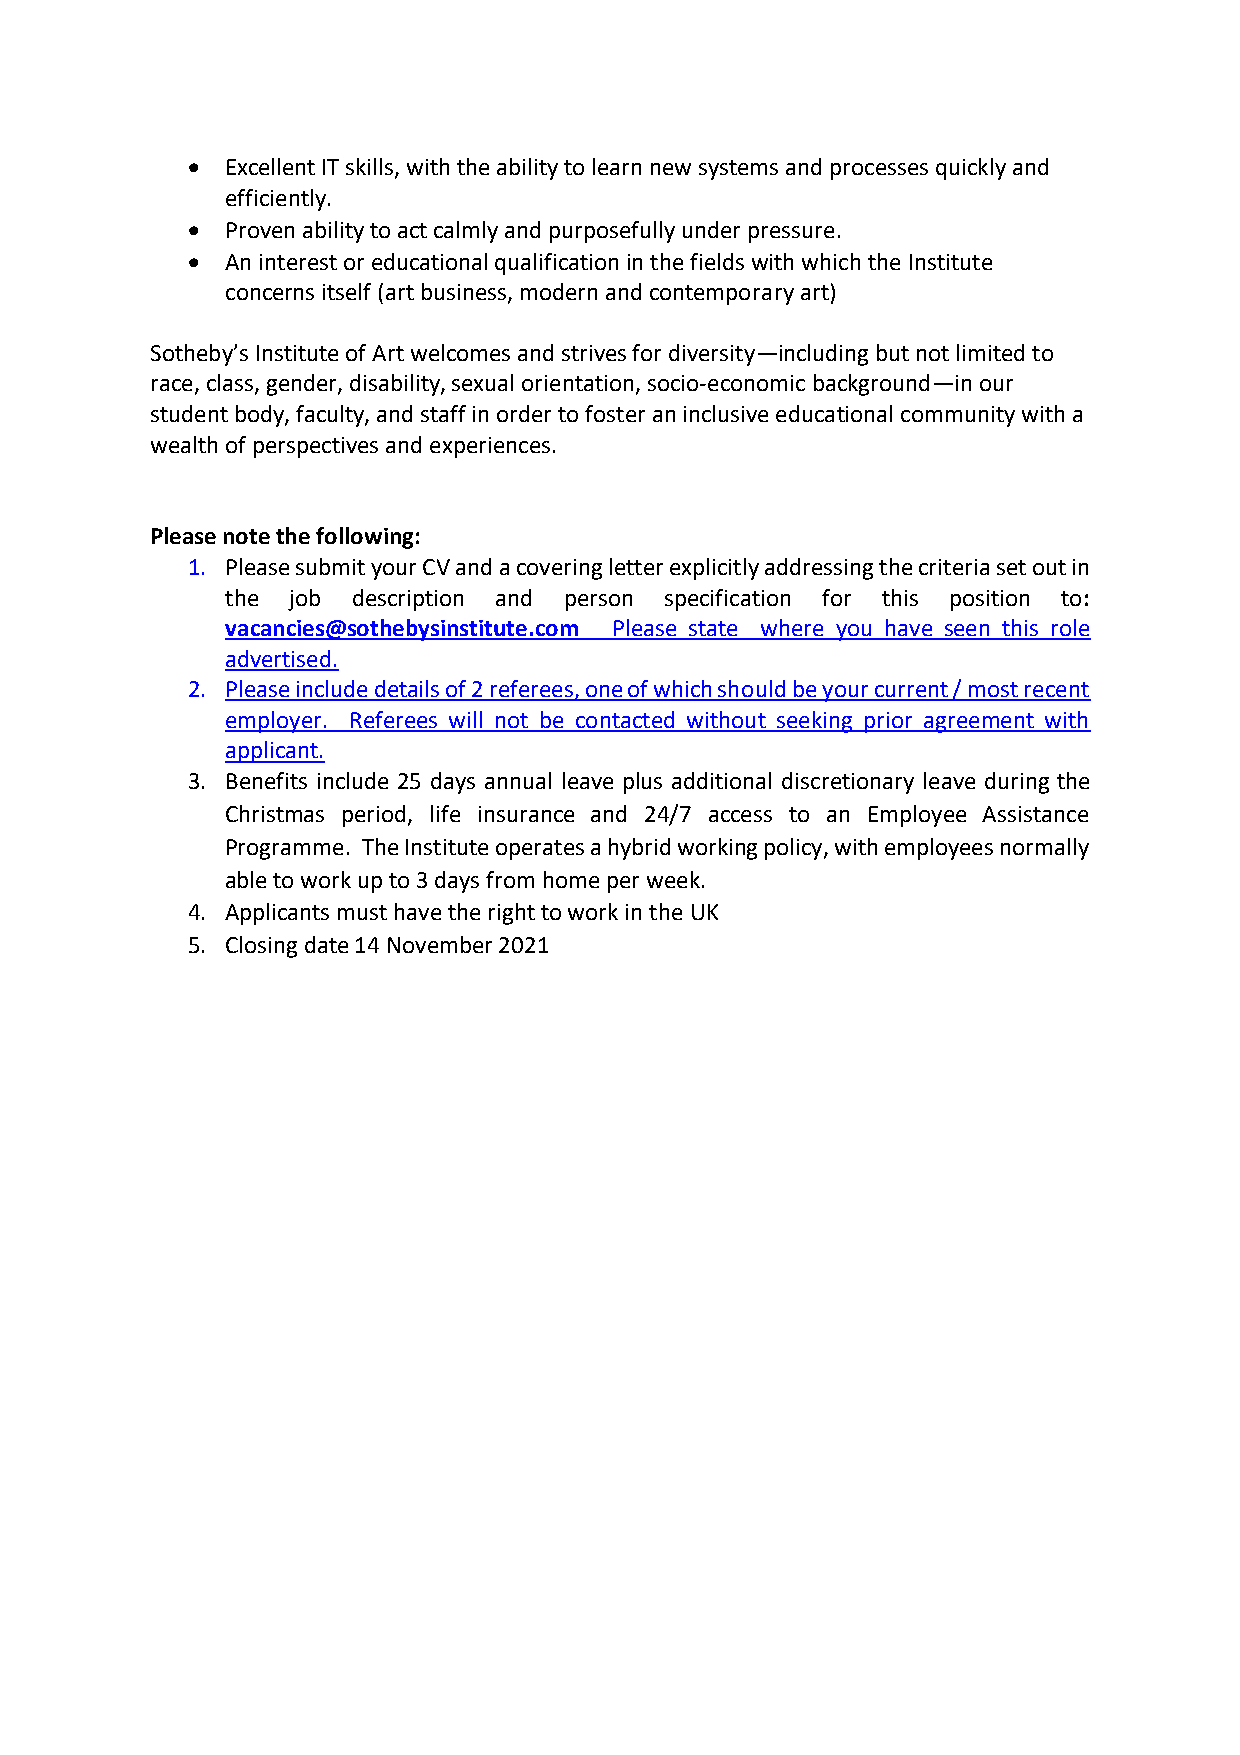
•  Excellent IT skills, with the ability to learn new systems and processes quickly and
 efficiently.
 •  Proven ability to act calmly and purposefully under pressure.
 •  An interest or educational qualification in the fields with which the Institute
 concerns itself (art business, modern and contemporary art)
 Sotheby’s Institute of Art welcomes and strives for diversity—including but not limited to
 race, class, gender, disability, sexual orientation, socio-economic background—in our
 student body, faculty, and staff in order to foster an inclusive educational community with a
 wealth of perspectives and experiences.
 Please note the following:
 1. Please submit your CV and a covering letter explicitly addressing the criteria set out in
 the job description and person specification for this position to:
 vacancies@sothebysinstitute.com Please state where you have seen this role
 advertised.
 2. Please include details of 2 referees, one of which should be your current / most recent
 employer. Referees will not be contacted without seeking prior agreement with
 applicant.
 3. Benefits include 25 days annual leave plus additional discretionary leave during the
 Christmas period, life insurance and 24/7 access to an Employee Assistance
 Programme. The Institute operates a hybrid working policy, with employees normally
 able to work up to 3 days from home per week.
 4. Applicants must have the right to work in the UK
 5. Closing date 14 November 2021